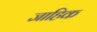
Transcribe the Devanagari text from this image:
जाहिक